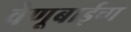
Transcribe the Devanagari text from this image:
वेणूबाईचा